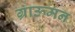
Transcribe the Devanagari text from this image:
ग्राऊमन